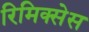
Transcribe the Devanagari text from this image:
रिमिक्सेस